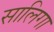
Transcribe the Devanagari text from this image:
सालिगा